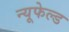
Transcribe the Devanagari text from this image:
न्यूफेल्ड